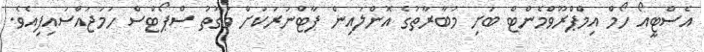
އެސްޓީއޯ ހޯމް އިމްޕްރޫވްމެންޓް ބަށި މުބާރާތުގެ އޮންލައިން ޕާޓްނަރަކަށް ވަގުތު ސްޕޯޓްސް ހަމަޖައްސައިފިއެވެ.